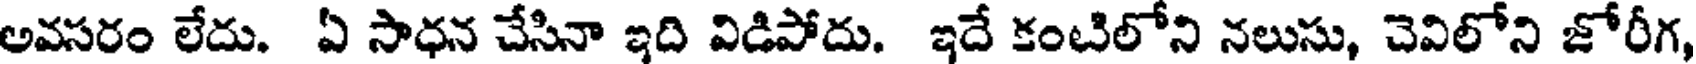
అవసరం లేదు. ఏ సాధన చేసినా ఇది విడిపోదు. ఇదే కంటిలోని నలుసు, చెవిలోని జోరీగ,